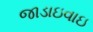
જાડાઇવાઇ